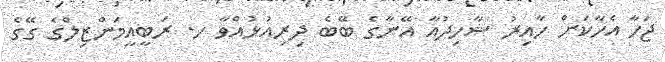
ޖަހާ އެހާކަށް ހާއިރު ޝާހިދުއާ އޭނާގެ ބޭބެ ދިރިއުޅުއްވާ ހ. ރަބީއީމަންޒިލްގެ ގޭގެ